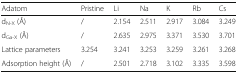
| Adatom | Pristine | Li | Na | K | Rb | Cs |
 | --- | --- | --- | --- | --- | --- | --- |
 | dN-X (Å) | / | 2.154 | 2.511 | 2.917 | 3.084 | 3.249 |
 | dGa-X (Å) | / | 2.635 | 2.975 | 3.371 | 3.530 | 3.701 |
 | Lattice parameters | 3.254 | 3.241 | 3.253 | 3.259 | 3.261 | 3.268 |
 | Adsorption height (Å) | / | 2.501 | 2.718 | 3.102 | 3.335 | 3.598 |